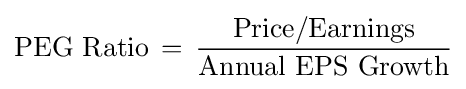
{\text{PEG Ratio}}\,=\,{\frac {\text{Price/Earnings}}{\text{Annual EPS Growth}}}